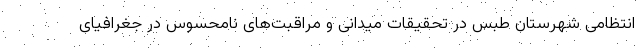
انتظامی شهرستان طبس در تحقیقات میدانی و مراقبت‌های نامحسوس در جغرافیای